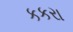
કકરા